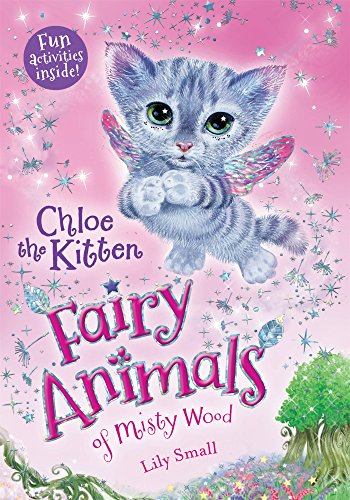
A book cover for Chloe the Kitten (Fairy Animals of Misty Wood); Lily Small; Children's Books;